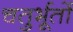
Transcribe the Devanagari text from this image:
चतुर्भूतों